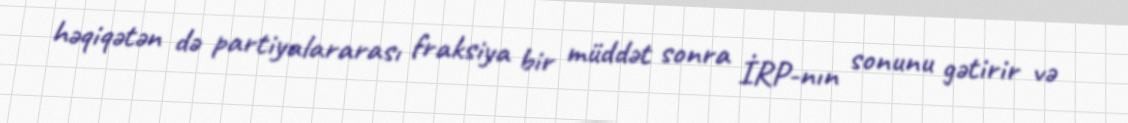
həqiqətən də partiyalararası fraksiya bir müddət sonra İRP-nın sonunu gətirir və